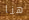
هنا